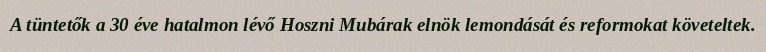
A tüntetők a 30 éve hatalmon lévő Hoszni Mubárak elnök lemondását és reformokat követeltek.